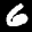
Label: 6